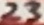
Text: 23